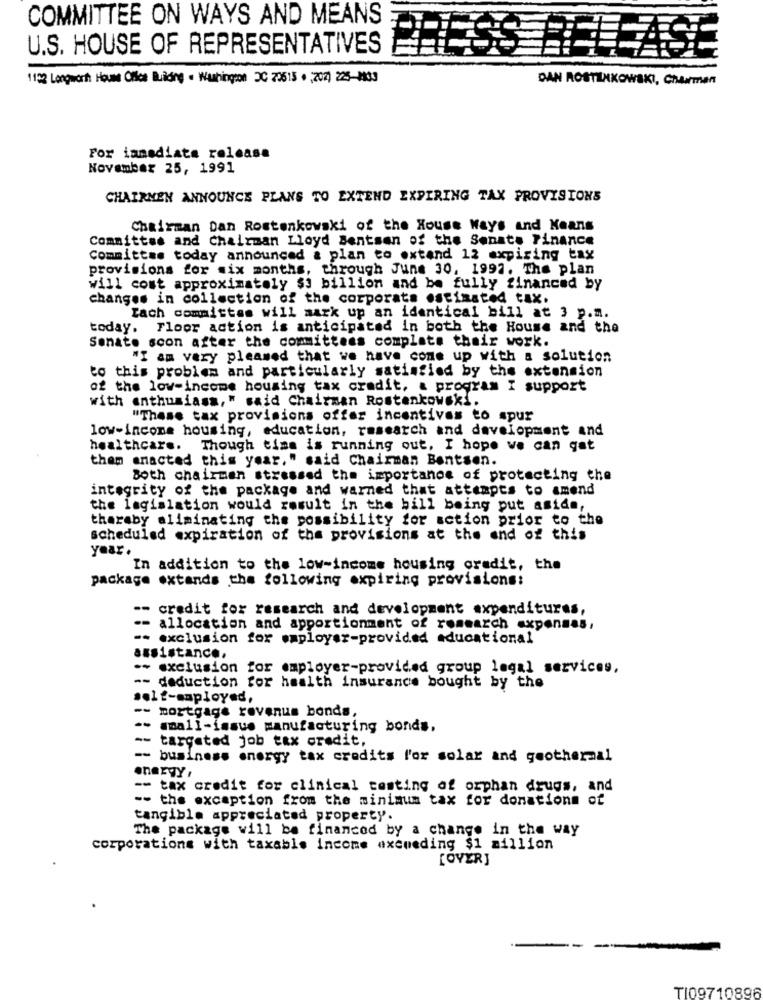
COMMITTEE ON WAYS AND MEANS
U.S. HOUSE OF REPRESENTATIVES
PRESS RELEASE
1132 Longwort Houms Office Building . Washington DC 79615 . 202) 225-1833
DAN ROSTILNKOWSKI, Chairman
For iansdiats release
November 25, 1991
CHAIRMEN ANNOUNCE PLANS TO EXTEND EXPIRING TAX PROVISIONS
Chairman Dan Rostenkowski of the House Ways and Keans
Committee and Chairman Lloyd Bentsen of the Senate Finance
Committee today announced & plan to extend 12 expiring tax
provisions for six months, through June 30, 1997. The plan
Will cost approximately $3 billion and be fully financed by
changes in collection of the corporate estimated tax.
Tach committes will mark up an identical bill at 3 p.m.
today. Floor action is anticipated in both the House and the
Senate soon after the committees complats their work.
"I am very pleased that we have come up with a solution
to this problem and particularly satisfied by the extension
of the low-income housing tax credit, a program I support
with enthusiasm," said Chairman Rostenkowski.
"These tax provisions offer incentives to spur
low-income housing, education, research and development and
healthcare. Though time is running out, I hope we can gat
them enacted this year," said Chairman Bentsen.
Both chairman stressed the importance of protecting the
integrity of the package and warned that attempts to amend
the legislation would result in the bill being put aside,
tharaby aliminating the possibility for action prior to the
scheduled expiration of the provisions at the end of this
year.
In addition to the low-income housing credit, the
package oxtands the following expiring provisions:
-- credit for research and development expenditures,
-- allocation and apportionment of research expenses,
=- exclusion for employer-provided educational
assistance,
.- exclusion for employer-provided group legal services,
-- deduction for health insurance bought by the
self-employed,
-- mortgage revenue bonds,
small-issus manufacturing bonds.
-- targeted job tax credit,
-- business energy tax credits l'or solar and geothermal
energy ,
-- tax credit for clinical testing of orphan drugs, and
-- the exception from the minimum tax for donations of
tangible appreciated property.
The package will be financed by a change in the Way
corporations with taxable income exceeding $1 million
[OVER]
TI09710896